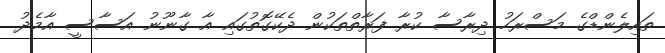
ތައިލެންޑްގެ މަސްރަހު ދިރާސާ ކުރާ ފަރާތްތަކުން ދެކޭގޮތުގައި އާ ގާނޫނު އަސާސީ އާމެދު